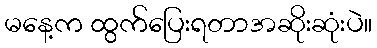
မနေ့က ထွက်ပြေးရတာအဆိုးဆုံးပဲ။